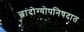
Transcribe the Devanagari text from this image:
छांदोग्योपनिषदात